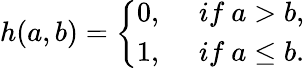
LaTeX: h(a,b)=\left\{ \begin{array}{ll}{0,\ }&{if\ a>b,}\\ {1,\ }&{if\ a\leq b.}\end{array}\right.